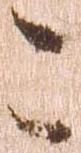
こ